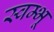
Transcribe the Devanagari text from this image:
स्वम्भू